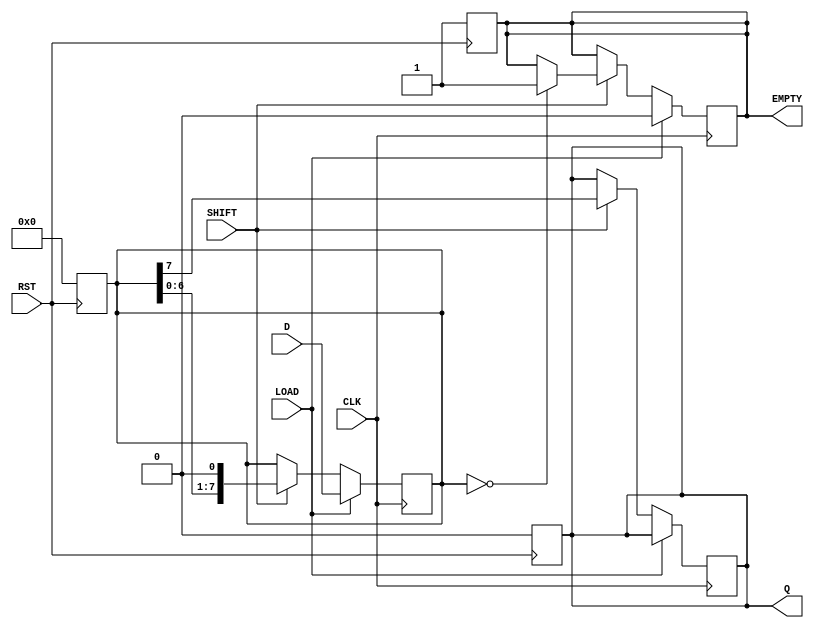
module Loadable_PISO #(
    parameter N = 8 // Define the bit width of the register
)(
    input wire [N-1:0] D,      // Parallel Data Input
    input wire LOAD,            // Load Signal
    input wire SHIFT,           // Shift Signal
    input wire CLK,             // Clock Signal
    input wire RST,             // Reset Signal
    output reg Q,               // Serial Output
    output reg EMPTY            // Empty Flag
);

    reg [N-1:0] shift_reg;      // Internal shift register

    // Asynchronous reset
    always @(posedge RST) begin
        shift_reg <= {N{1'b0}};  // Clear the register
        Q <= 1'b0;               // Clear serial output
        EMPTY <= 1'b1;           // Set EMPTY flag
    end

    // Main operation
    always @(posedge CLK) begin
        if (LOAD) begin
            shift_reg <= D;       // Load parallel data into the register
            EMPTY <= 1'b0;        // Clear EMPTY flag when data is loaded
        end else if (SHIFT) begin
            Q <= shift_reg[N-1];  // Output the MSB to serial output
            shift_reg <= {shift_reg[N-2:0], 1'b0}; // Shift left
            // Check if the register is empty after shifting
            if (shift_reg == {N{1'b0}}) begin
                EMPTY <= 1'b1;     // Set EMPTY flag if all bits are shifted out
            end
        end
    end

endmodule